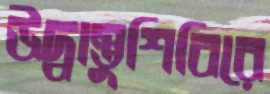
উদ্বাস্তুশিবিরে